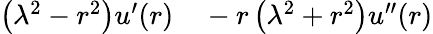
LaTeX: \begin{array}{rl}{\left(\lambda^{2}-r^{2}\right)u^{\prime}(r)}&{{}-r\left(\lambda^{2}+r^{2}\right)u^{\prime\prime}(r)}\end{array}